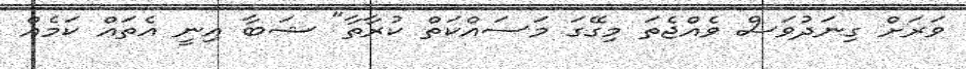
ވަރަށް ގިނަދުވަސް ވެއްޖެތަ މިގޭގަ މަސައްކަތް ކުރާތާ" ޝަބާ އިނީ އެތައް ކަމެއް